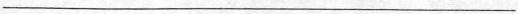
___